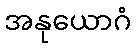
အနုယောဂံ